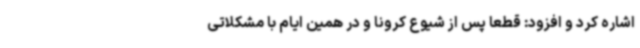
اشاره کرد و افزود: قطعا پس از شیوع کرونا و در همین ایام با مشکلاتی